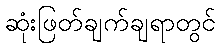
ဆုံးဖြတ်ချက်ချရာတွင်